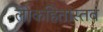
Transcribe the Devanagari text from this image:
लोकहितास्तव